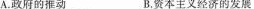
A.政府的推动 B.资本主义经济的发展